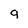
Character: g